Report on the lunatic asylums under the Government of Bombay - 1904-1913
Year: 1904
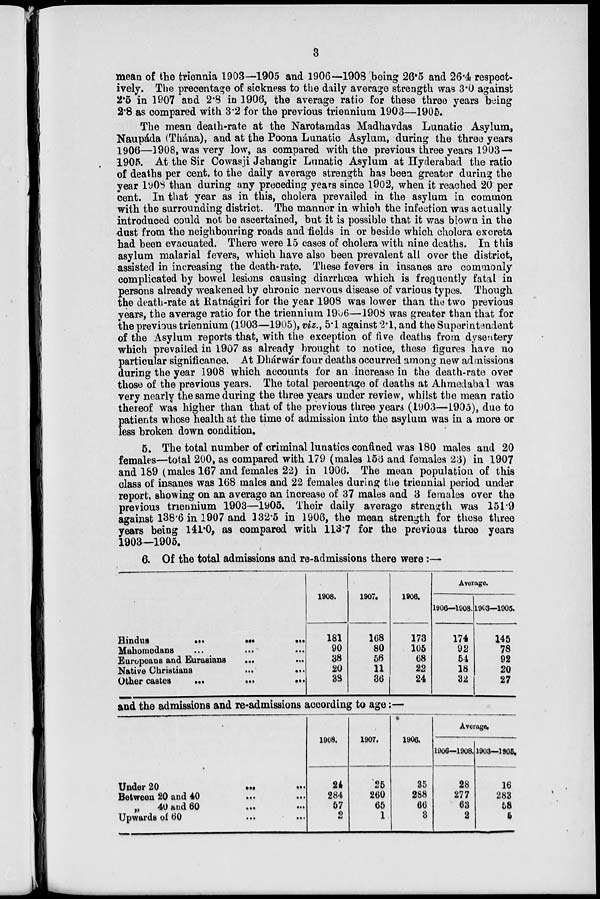
3
mean of the triennia 1903—1905 and 1906—1908 being 26.5 and 26.4 respect-
ively. The precentage of sickness to the daily average strength was 3.0 against
2.5 in 1907 and 2.8 in 1906, the average ratio for these three years being
2.8 as compared with 3.2 for the previous triennium 1903—1905.
The mean death-rate at the Narotamdas Madhavdas Lunatic Asylum,
Naupáda (Thána), and at the Poona Lunatic Asylum, during the three years
1906—1908, was very low, as compared with the previous three years 1903—
1905. At the Sir Cowasji Jehangir Lunatic Asylum at Hyderabad the ratio
of deaths per cent. to the daily average strength has been greater during the
year 1908 than during any preceding years since 1902, when it reached 20 per
cent. In that year as in this, cholera prevailed in the asylum in common
with the surrounding district. The manner in which the infection was actually
introduced could not be ascertained, but it is possible that it was blown in the
dust from the neighbouring roads and fields in or beside which cholera excreta
had been evacuated. There were 15 cases of cholera with nine deaths. In this
asylum malarial fevers, which have also been prevalent all over the district,
assisted in increasing the death-rate. These fevers in insanes are commonly
complicated by bowel lesions causing diarrhœa which is frequently fatal in
persons already weakened by chronic nervous disease of various types. Though
the death-rate at Ratnágiri for the year 1908 was lower than the two previous
years, the average ratio for the triennium 1906—1908 was greater than that for
the previous triennium (1903—1905), viz., 5.1 against 2.1, and the Superintendent
of the Asylum reports that, with the exception of five deaths from dysentery
which prevailed in 1907 as already brought to notice, these figures have no
particular significance. At Dhárwár four deaths occurred among new admissions
during the year 1908 which accounts for an increase in the death-rate over
those of the previous years. The total percentage of deaths at Ahmedabad was
very nearly the same during the three years under review, whilst the mean ratio
thereof was higher than that of the previous three years (1903—1905), due to
patients whose health at the time of admission into the asylum was in a more or
less broken down condition.
5. The total number of criminal lunatics confined was 180 males and 20
females—total 200, as compared with 179 (males 155 and females 23) in 1907
and 189 (males 167 and females 22) in 1906. The mean population of this
class of insanes was 168 males and 22 females during the triennial period under
report, showing on an average an increase of 37 males and 3 females over the
previous triennium 1903—1905. Their daily average strength was 151.9
against 138.6 in 1907 and 132.5 in 1906, the mean strength for these three
years being 141.0, as compared with 113.7 for the previous three years
1903—1905.
6. Of the total admissions and re-admissions there were:—
Hindus
...
...
...
Mahomedans
...
...
...
Europeans and Eurasians
...
...
Native
Christians
...
...
Other castes
...
...
...
1908.
181
90
38
20
38
1907.
168
80
56
11
36
1906.
173
105
68
22
24
Average.
1906—1908.
174
92
54
18
32
1903—1905.
145
78
92
20
27
and the admissions and re-admissions according to age :—
Under 20 ... ...
Between 20 and 40
...
...
„
40 and 60
...
...
Upwards of 60 ... ...
1908.
24
284
57
2
1907.
25
260
65
1
1906.
35
288
66
3
Average.
1906—1908.
28
277
63
2
1903—1905.
16
283
58
5